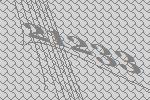
21233